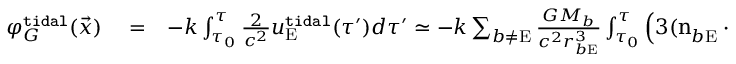
\begin{array} { r l r } { \varphi _ { G } ^ { \tt t i d a l } ( \vec { x } ) } & { { } = } & { - k \int _ { \tau _ { 0 } } ^ { \tau } \frac { 2 } { c ^ { 2 } } u _ { \mathrm { E } } ^ { \tt t i d a l } ( \tau ^ { \prime } ) d \tau ^ { \prime } \simeq - k \sum _ { b \not = \mathrm { E } } \frac { G M _ { b } } { c ^ { 2 } r _ { b \mathrm { E } } ^ { 3 } } \int _ { \tau _ { 0 } } ^ { \tau } \Big ( 3 ( \boldsymbol { \mathrm { n } } _ { b \mathrm { E } } ^ { } \cdot \boldsymbol { \mathrm { x } } ) ^ { 2 } - \boldsymbol { \mathrm { x } } ^ { 2 } \Big ) d \tau ^ { \prime } \simeq } \end{array}